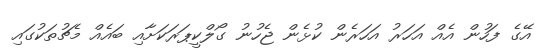
އޭގެ ފަހުން އެއް އަހަރު އަހަރެން ކުޅެން ޖެހުނު ގޯލްކީޕަރަކަށާއި ބައެއް މެޗުތަކުގައި